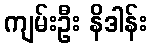
ကျမ်းဦး နိဒါန်း